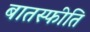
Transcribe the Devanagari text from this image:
बातस्फीति